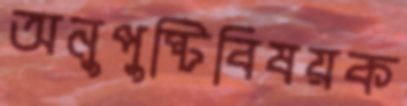
অনুপুষ্টিবিষয়ক